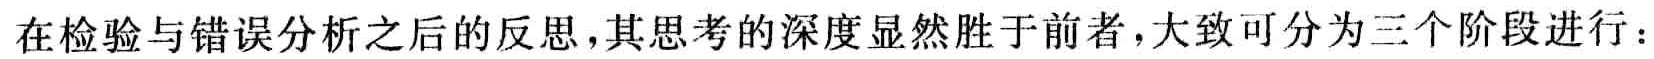
在检验与错误分析之后的反思，其思考的深度显然胜于前者，大致可分为三个阶段进行：